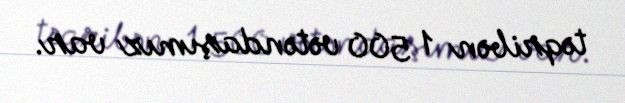
təqribən 1 500 vətəndaşımız var.